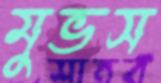
মুভস